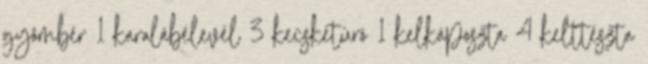
gyömbér 1 karalábélevél 3 kecsketúró 1 kelkáposzta 4 kelttészta